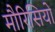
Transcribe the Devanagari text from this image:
मौरिसियो